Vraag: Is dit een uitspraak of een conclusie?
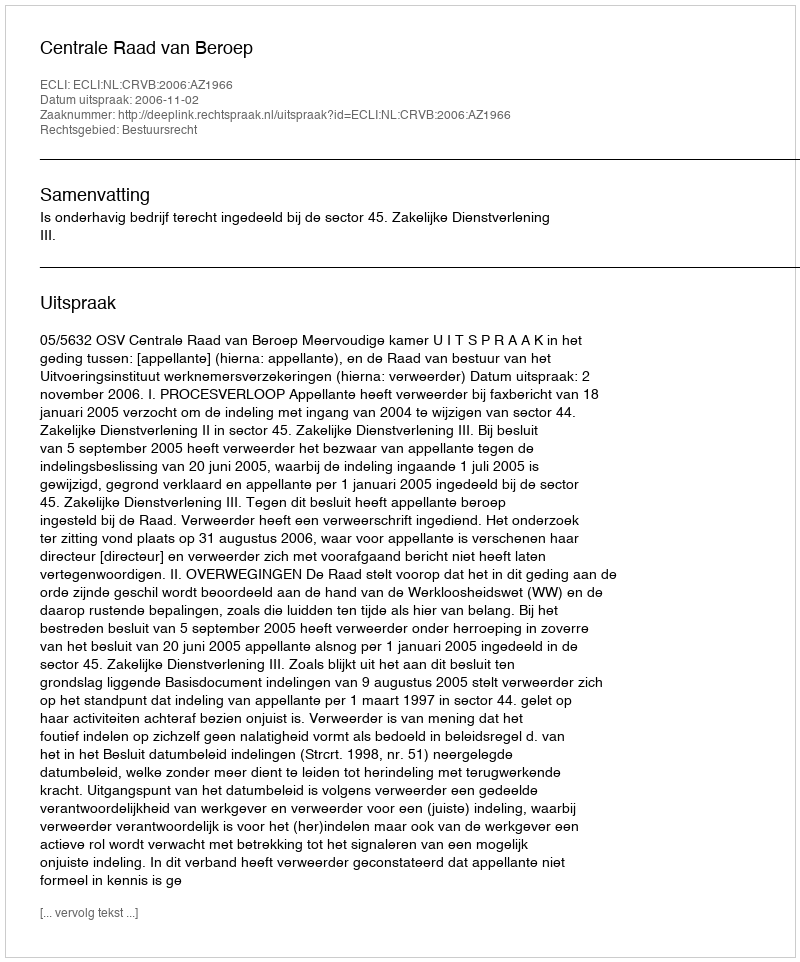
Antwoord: Uitspraak